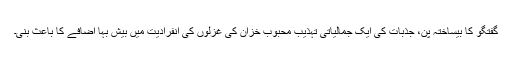
گفتگو کا بیساختہ پن، جذبات کی ایک جمالیاتی تہذیب محبوب خزان کی غزلوں کی انفرادیت میں بیش بہا اضافے کا باعث بنی۔